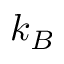
k _ { B }